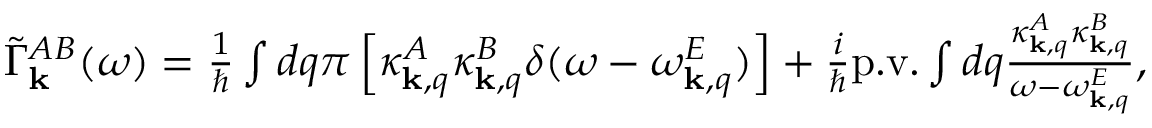
\begin{array} { r } { \tilde { \Gamma } _ { \bf k } ^ { A B } ( \omega ) = \frac { 1 } { \hbar } \int d q \pi \left[ \kappa _ { { \bf k } , q } ^ { A } \kappa _ { { \bf k } , q } ^ { B } \delta ( \omega - \omega _ { { \bf k } , q } ^ { E } ) \right] + \frac { i } { \hbar } \mathrm { p . v . } \int d q \frac { \kappa _ { { \bf k } , q } ^ { A } \kappa _ { { \bf k } , q } ^ { B } } { \omega - \omega _ { { \bf k } , q } ^ { E } } , } \end{array}